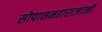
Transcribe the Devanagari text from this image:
सोपानमहाराजांनी